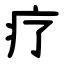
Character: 疗